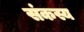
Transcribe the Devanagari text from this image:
संकस्य